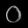
Digit: ၀